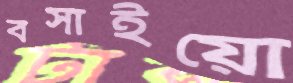
বসাইয়ো